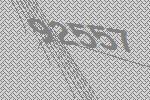
92557